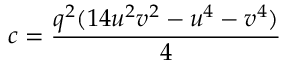
c = { \frac { q ^ { 2 } ( 1 4 u ^ { 2 } v ^ { 2 } - u ^ { 4 } - v ^ { 4 } ) } { 4 } }